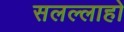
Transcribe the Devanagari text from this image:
सलल्लाहो